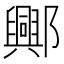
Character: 𨞾